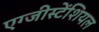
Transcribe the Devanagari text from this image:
एग्जीस्टेंशियल